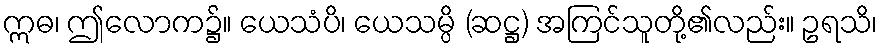
ဣဓ၊ ဤလောက၌။ ယေသံပိ၊ ယေသမ္ပိ (ဆဋ္ဌ) အကြင်သူတို့၏လည်း။ ဥရသိ၊